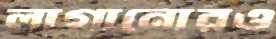
লাগানোরও